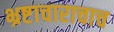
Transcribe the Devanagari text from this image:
भ्रष्टाचाराचाच